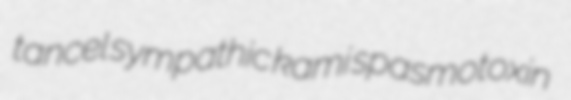
tancel sympathic kami spasmotoxin